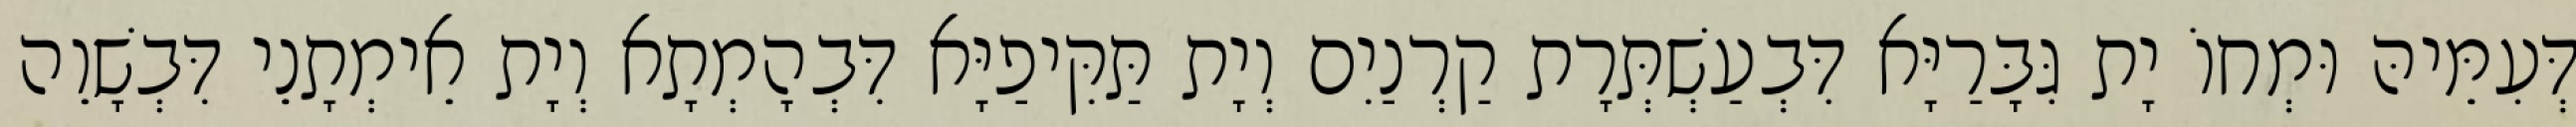
דְּעִמֵּיהּ וּמְחוֹ יָת גִּבָּרַיָּא דִּבְעַשְׁתְּרָת קַרְנַיִם וְיָת תַּקִּיפַיָּא דִּבְהָמְתָא וְיָת אֵימְתָנֵי דִּבְשָׁוֵה